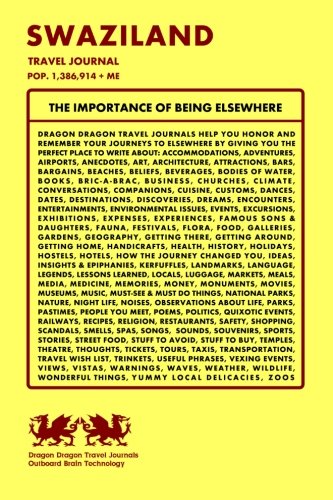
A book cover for Swaziland Travel Journal, Pop. 1,386,914 + Me; Dragon Dragon Travel Journals; Travel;